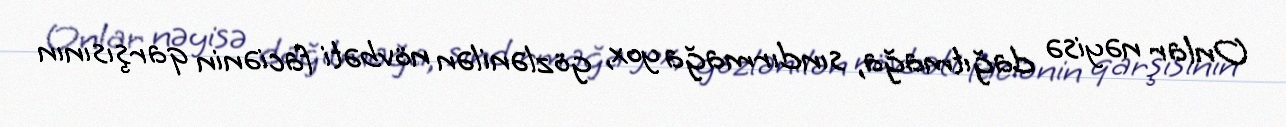
Onlar nəyisə dağıtmağa, sındırmağa yox, gözlənilən növbəti faciənin qarşısının